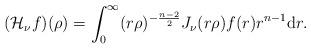
LaTeX: \begin{align*}(\mathcal{H}_{\nu}f)(\rho)=\int_0^\infty(r\rho)^{-\frac{n-2}2}J_{\nu}(r\rho)f(r)r^{n-1}\mathrm{d}r.\end{align*}